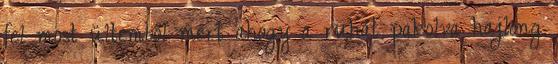
fel most ültemből mert ahogy a ruhát pakolva hajlong